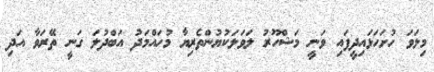
މިލަވަ ހުށަހަޅައިދީފައި ވަނީ މަޝްހޫރު ލަވަލަކުޔުންތެރިޔާ މުހައްމަދު އަބްދުލަ ގަނީ ތޭރަވާ އަދި